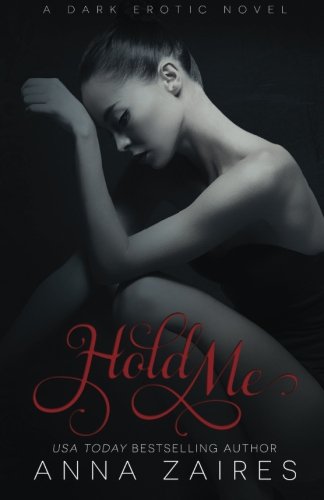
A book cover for Hold Me (Twist Me) (Volume 3); Anna Zaires; Romance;